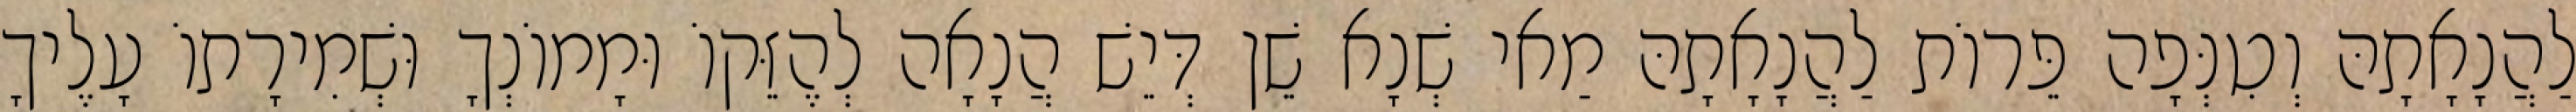
לַהֲנָאָתָהּ וְטִנְּפָה פֵּרוֹת לַהֲנָאָתָהּ מַאי שְׁנָא שֵׁן דְּיֵשׁ הֲנָאָה לְהֶזֵּקוֹ וּמָמוֹנְךָ וּשְׁמִירָתוֹ עָלֶיךָ